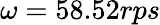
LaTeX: \omega=58.52rps